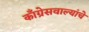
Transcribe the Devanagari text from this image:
काँग्रेसवाल्यांचे